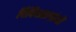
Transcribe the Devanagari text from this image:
चिकित्साग्रंथों